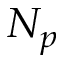
N _ { p }